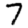
Digit: 7